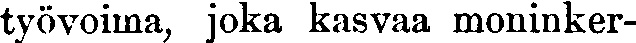
työvoima, joka kasvaa moninker-